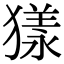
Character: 𤡀